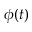
\phi ( t )